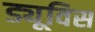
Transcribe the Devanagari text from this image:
ड्यूविस